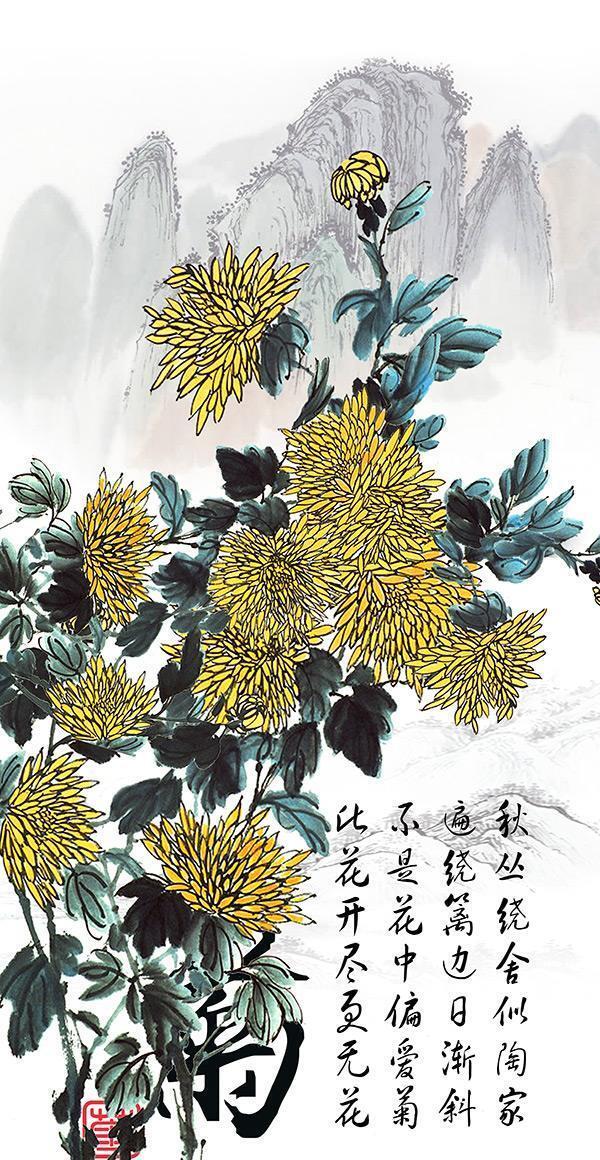
问篱边黄菊，知为谁开。